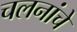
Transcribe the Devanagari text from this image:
चलनांचे